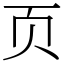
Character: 页